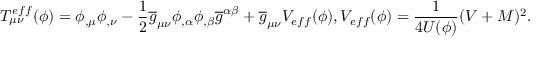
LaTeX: T _ { \mu \nu } ^ { e f f } ( \phi ) = \phi _ { , \mu } \phi _ { , \nu } - \frac { 1 } { 2 } \overline { { { g } } } _ { \mu \nu } \phi _ { , \alpha } \phi _ { , \beta } \overline { { { g } } } ^ { \alpha \beta } + \overline { { { g } } } _ { \mu \nu } V _ { e f f } ( \phi ) , V _ { e f f } ( \phi ) = \frac { 1 } { 4 U ( \phi ) } ( V + M ) ^ { 2 } .